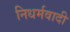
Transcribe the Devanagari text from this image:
निधर्मवादी